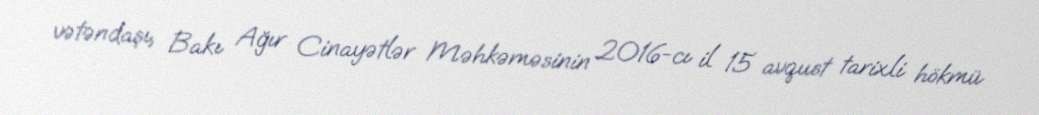
vətəndaşı, Bakı Ağır Cinayətlər Məhkəməsinin 2016-cı il 15 avqust tarixli hökmü